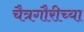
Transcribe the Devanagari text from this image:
चैत्रगौरीच्या